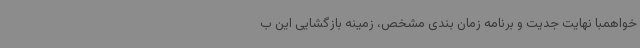
‌خواهمبا نهایت جدیت و برنامه زمان بندی مشخص، زمینه بازگشایی این ب